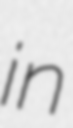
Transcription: in